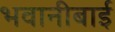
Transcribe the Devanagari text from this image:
भवानीबाई